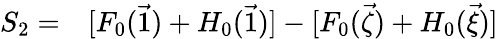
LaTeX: \begin{array}{rl}{S_{2}=}&{{}[F_{0}(\vec{1})+H_{0}(\vec{1})]-[F_{0}(\vec{\zeta})+H_{0}(\vec{\xi})]}\end{array}